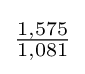
{\tfrac {1,575}{1,081}}